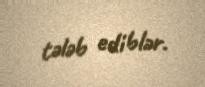
tələb ediblər.